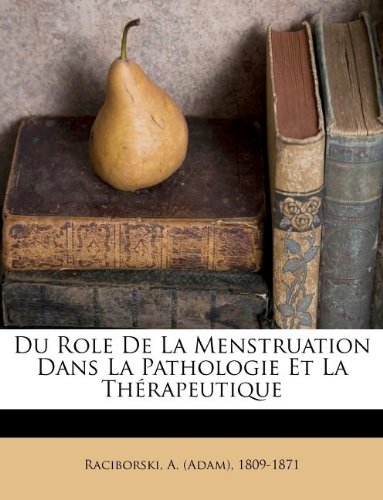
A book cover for Du Role De La Menstruation Dans La Pathologie Et La ThÃ©rapeutique (French Edition); Health, Fitness & Dieting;